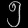
Digit: ၅